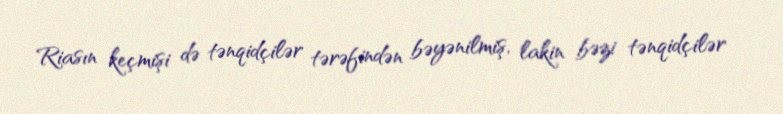
Riasın keçmişi də tənqidçilər tərəfindən bəyənilmiş, lakin bəzi tənqidçilər